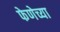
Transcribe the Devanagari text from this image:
फेणेच्या